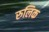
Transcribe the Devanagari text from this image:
रुलिक